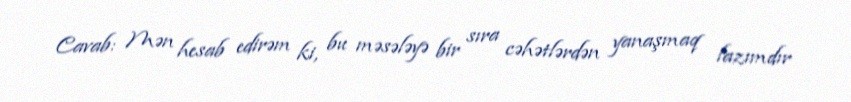
Cavab: Mən hesab edirəm ki, bu məsələyə bir sıra cəhətlərdən yanaşmaq lazımdır